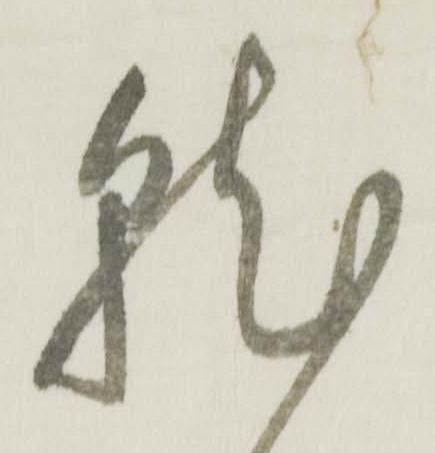
就